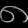
Digit: ၈